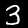
Label: 3